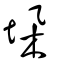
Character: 垜